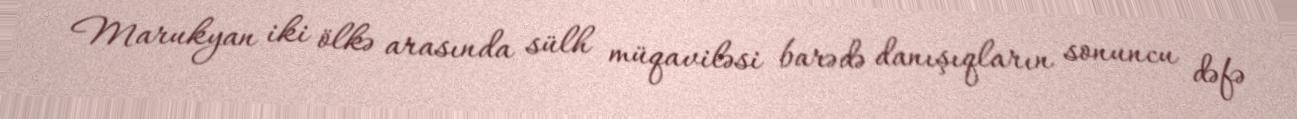
Marukyan iki ölkə arasında sülh müqaviləsi barədə danışıqların sonuncu dəfə